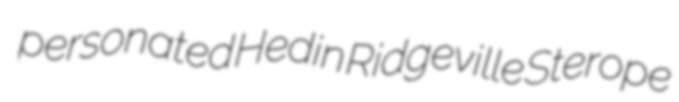
personated Hedin Ridgeville Sterope